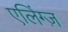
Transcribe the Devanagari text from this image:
एलिंग्ज़